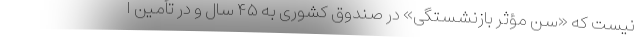
نیست که «سن مؤثر بازنشستگی» در صندوق کشوری به ۴۵ سال و در تأمین ا